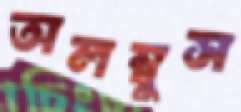
অলম্বুস